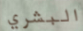
البشري